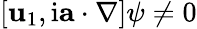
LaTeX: [\mathbf{u}_{1},\mathrm{{i}}\mathbf{{a}}\cdot\nabla]\psi\neq0